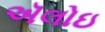
ઍલોઇ